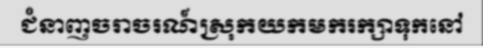
ជំនាញចរាចរណ៍ស្រុកយកមករក្សាទុកនៅ